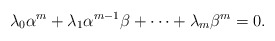
\begin{align*} \lambda_0\alpha^m+\lambda_1 \alpha^{m-1}\beta+\cdots +\lambda_m\beta^m=0. \end{align*}